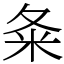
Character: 夈